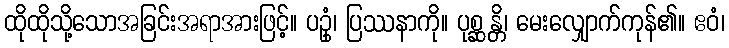
ထိုထိုသို့သောအခြင်းအရာအားဖြင့်။ ပဥှံ၊ ပြဿနာကို။ ပုစ္ဆန္တိ၊ မေးလျှောက်ကုန်၏။ ဧဝံ၊